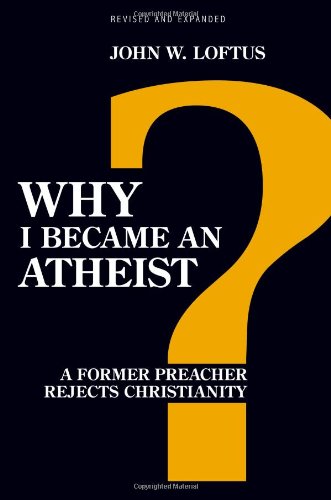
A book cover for Why I Became an Atheist: A Former Preacher Rejects Christianity (Revised & Expanded); John W. Loftus; Religion & Spirituality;